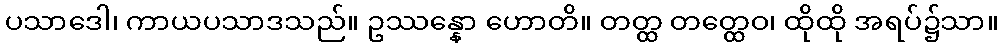
ပသာဒေါ၊ ကာယပသာဒသည်။ ဥဿန္နော ဟောတိ။ တတ္ထ တတ္ထေဝ၊ ထိုထို အရပ်၌သာ။